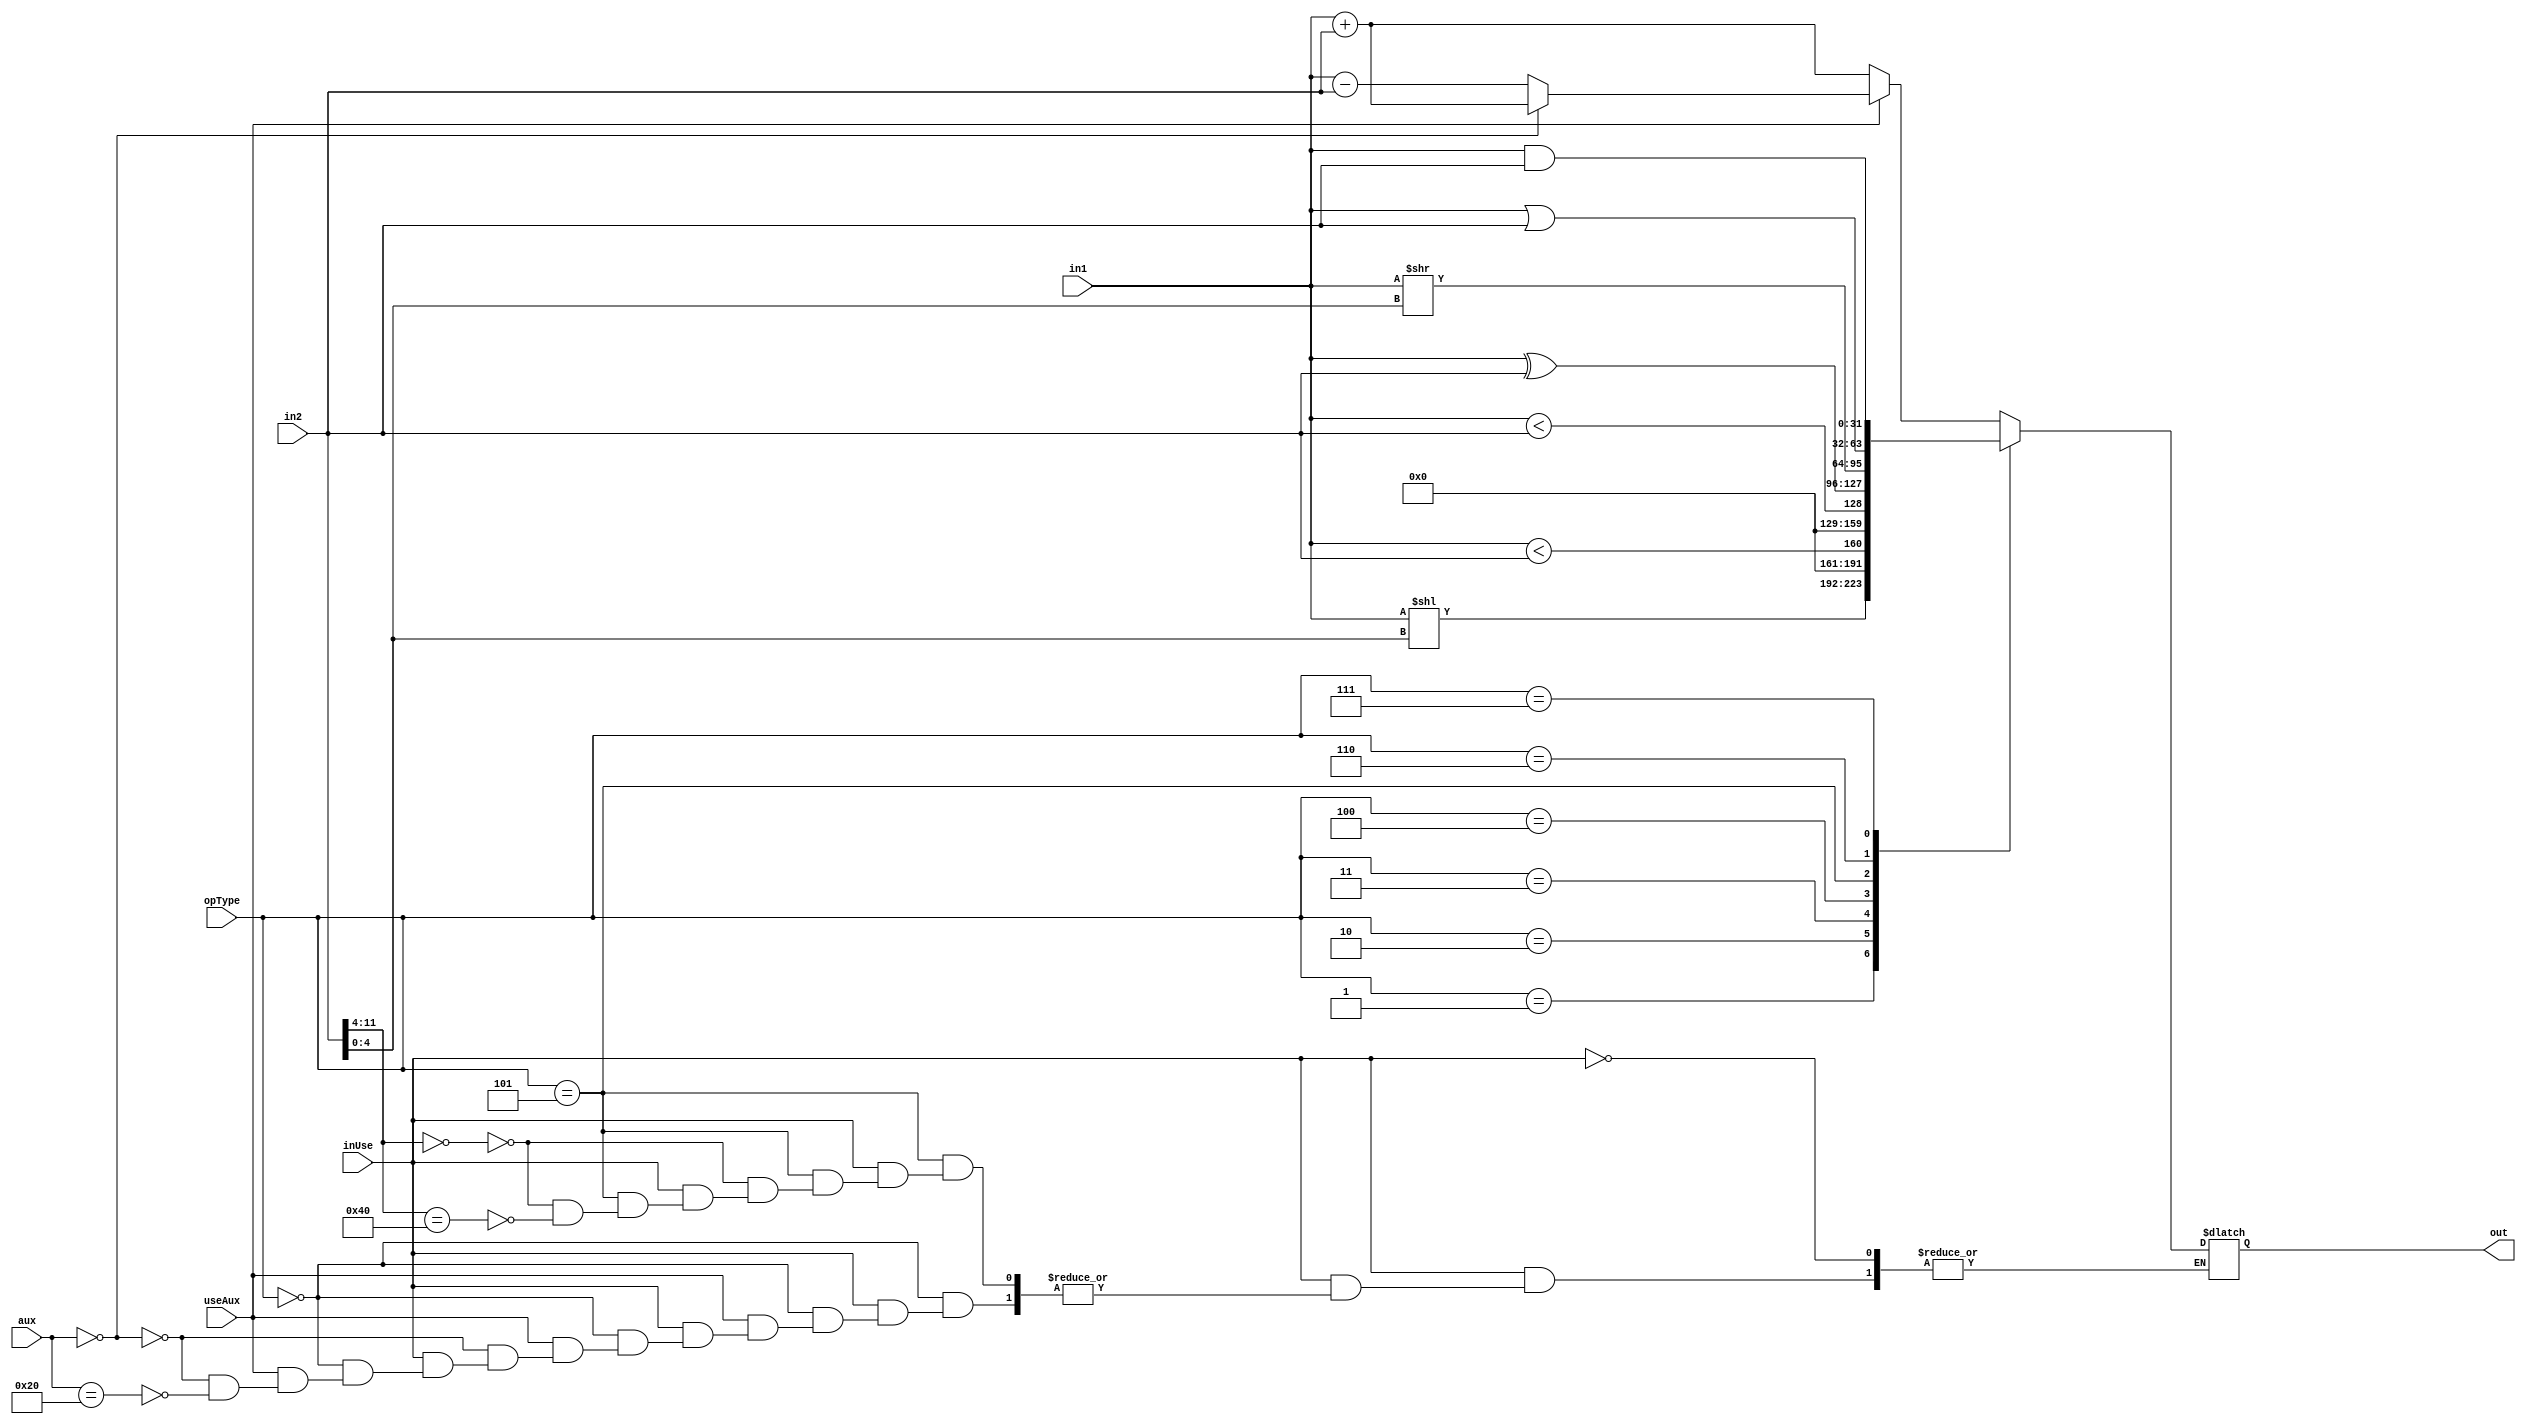
module ALU (
	input wire [2:0] opType,
	input wire [6:0] aux,
	input wire useAux,
	input wire [31:0] in1,
	input wire [31:0] in2,
	input wire inUse,
	output wire [31:0] out
	);

	reg [31:0] result;
	reg [4:0] shamt;

	assign out = result;

	always @(*) begin
		if (inUse) begin
			//$display("opType = %0x, arg1 = %0x, arg2 = %0x", opType, in1, in2);
			case (opType)
				3'b000: begin
					if (useAux) begin
						if (aux == 0) begin
							result = in1 + in2;
						end

						else if (aux == 7'b0100000) begin
							result = in1 - in2;
						end

						else begin
							//$display("oh no 1");
						end
					end

					else begin
						result = in1 + in2;
					end
				end
				3'b001: begin
					shamt = in2[4:0];
					result = in1 << shamt;
				end
				// signed comparison
				3'b010: begin
					// check the order please
					result = $signed(in1) < $signed(in2);
				end
				// unsigned comparisoin
				3'b011: begin
					// check the order please
					result = in1 < in2;
				end

				3'b100: begin
					result = in1 ^ in2;
				end
				3'b101: begin
					if (in2[11:4] == 0) begin
						shamt = in2[4:0];
						result = in1 >> shamt;
					end

					else if (in2[11:4] == 8'b01000000) begin
						shamt = in2[4:0];
						result = in1 >> shamt;
					end

					else begin
						//$display("oh no 2");
					end
				end
				3'b110: begin
					result = in1 | in2;
				end
				3'b111: begin
					result = in1 & in2;
				end
			endcase
		end
	end
	
endmodule